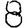
Digit: 8